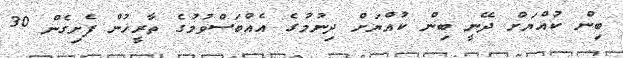
ބިން ކުއްޔަށް ދޭނީ ބިން ކުއްޔަށް ދިނުމުގެ އެއްބަސްވުމުގެ ތާރީޚުން ފެށިގެން 30